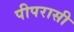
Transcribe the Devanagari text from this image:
पीपरासी